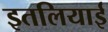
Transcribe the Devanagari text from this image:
इतलियाई